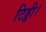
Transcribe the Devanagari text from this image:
टिड्डी।